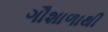
ગૌશાળાથી